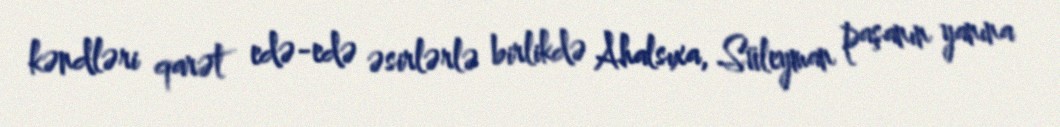
kəndləri qarət edə-edə əsirlərlə birlikdə Ahalsıxa, Süleyman paşanın yanına